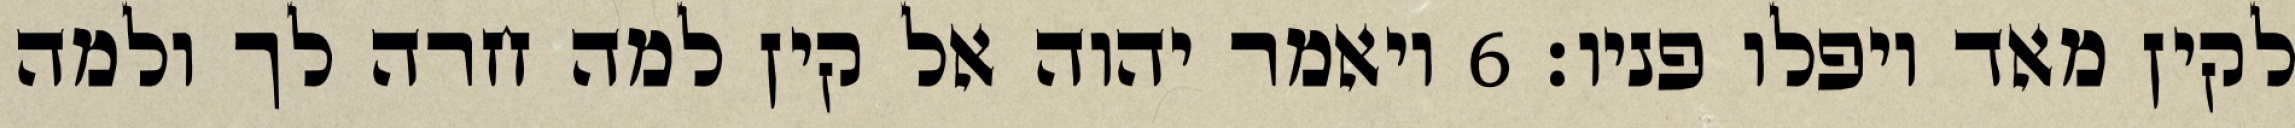
לקין מאד ויפלו פניו׃ ‎6‏ ויאמר יהוה אל קין למה חרה לך ולמה